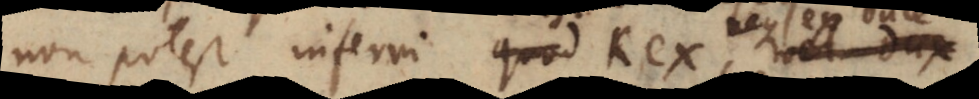
non potest inferri quod Rex, vel dux,